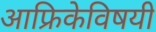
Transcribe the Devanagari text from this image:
आफ्रिकेविषयी